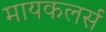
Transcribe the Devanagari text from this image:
मायकलर्स